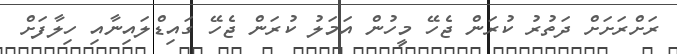
ރަށްރަށަށް ދަތުރު ކުރަން ޖެހޭ މީހުން އަމަލު ކުރަން ޖެހޭ ގައިޑްލައިނާއި ހިލާފަށް